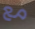
مع